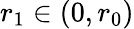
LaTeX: r_{1}\in(0,r_{0})